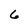
Character: 6